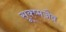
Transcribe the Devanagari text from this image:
सूक्ष्मजैव